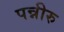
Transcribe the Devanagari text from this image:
पन्नीरु